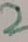
Text: 2